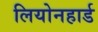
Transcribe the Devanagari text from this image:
लियोनहार्ड